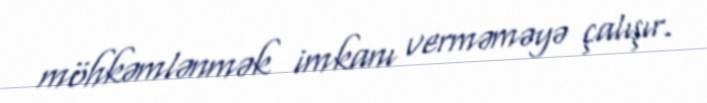
möhkəmlənmək imkanı verməməyə çalışır.